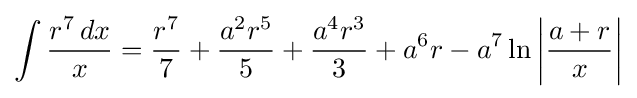
\int {\frac {r^{7}\,dx}{x}}={\frac {r^{7}}{7}}+{\frac {a^{2}r^{5}}{5}}+{\frac {a^{4}r^{3}}{3}}+a^{6}r-a^{7}\ln \left|{\frac {a+r}{x}}\right|